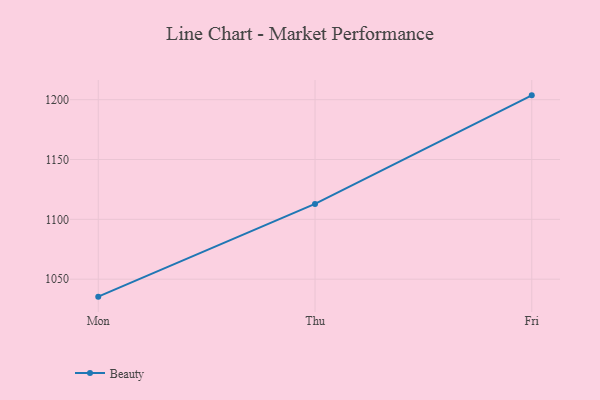
{"axis": {"x": "Day", "y": "Latency (ms)"}, "legend": ["Beauty"], "data": [{"x": "Mon", "y": 1035.4, "type": "Beauty"}, {"x": "Thu", "y": 1112.9, "type": "Beauty"}, {"x": "Fri", "y": 1203.6, "type": "Beauty"}]}